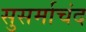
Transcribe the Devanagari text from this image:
सुसर्माचंद